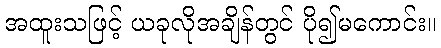
အထူးသဖြင့် ယခုလိုအချိန်တွင် ပို၍မကောင်း။